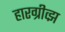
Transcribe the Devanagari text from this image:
हारग्रीव्झ